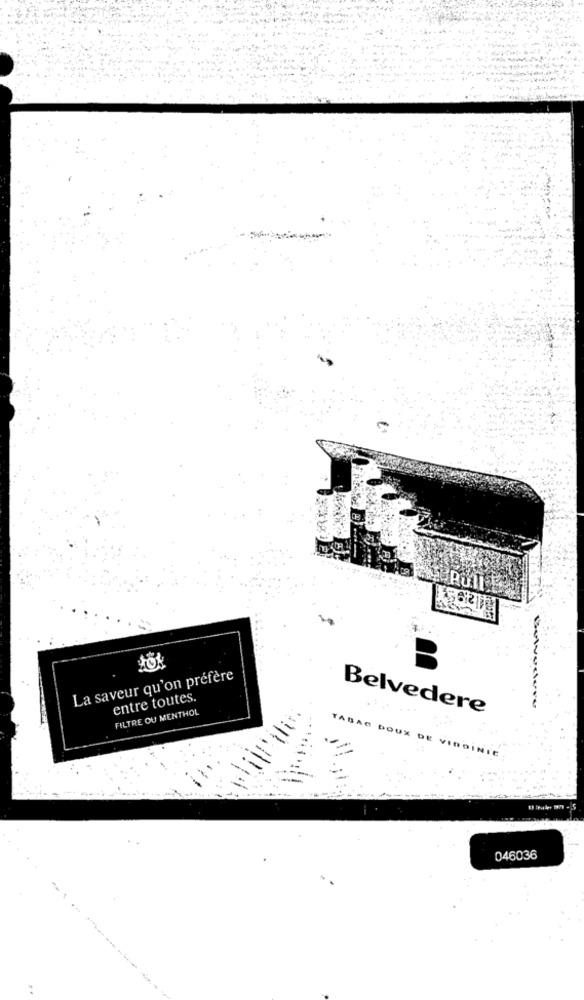
Pull
La saveur qu'on préfère
entre toutes.
FILTRE OU MENTHOL
Belvedere
Bulvurdere
TABAC DOUX DE VINDINIE
046036